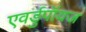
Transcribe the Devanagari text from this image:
एवर्डुपॉयज